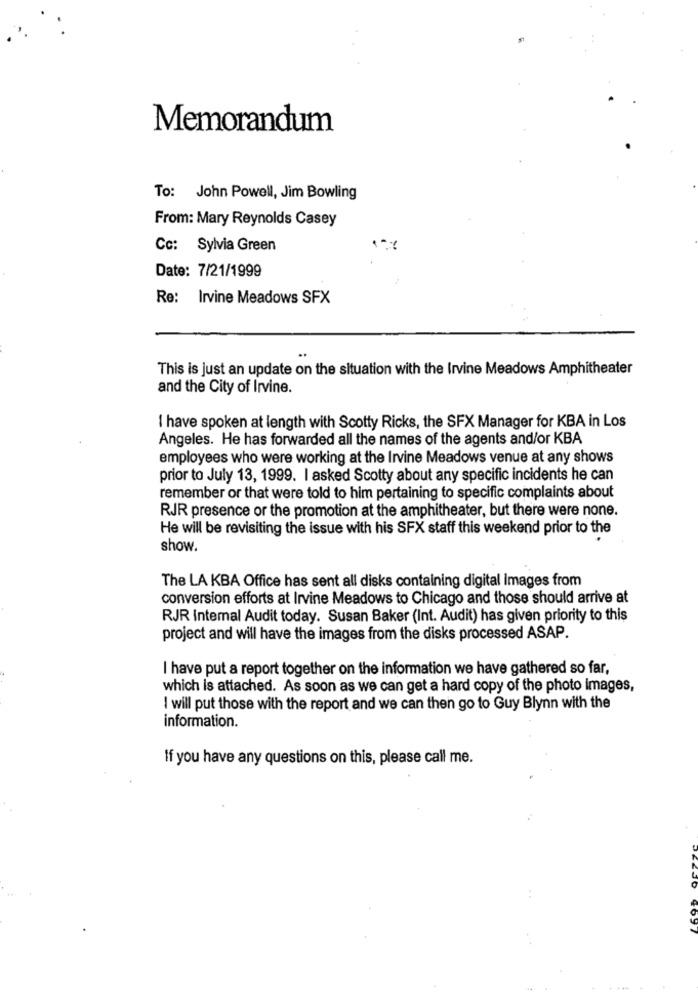
Memorandum
To: John Powell, Jim Bowling
From: Mary Reynolds Casey
Cc: Sylvia Green
Date: 7/21/1999
Re: Irvine Meadows SFX
This is just an update on the situation with the Irvine Meadows Amphitheater
and the City of Irvine.
I have spoken at length with Scotty Ricks, the SFX Manager for KBA in Los
Angeles. He has forwarded all the names of the agents and/or KBA
employees who were working at the Irvine Meadows venue at any shows
prior to July 13, 1999. I asked Scotty about any specific incidents he can
remember or that were told to him pertaining to specific complaints about
RJR presence or the promotion at the amphitheater, but there were none.
He will be revisiting the issue with his SFX staff this weekend prior to the
show.
The LA KBA Office has sent all disks containing digital Images from
conversion efforts at Irvine Meadows to Chicago and those should arrive at
RJR Internal Audit today. Susan Baker (Int. Audit) has given priority to this
project and will have the images from the disks processed ASAP.
I have put a report together on the information we have gathered so far,
which is attached. As soon as we can get a hard copy of the photo images,
I will put those with the report and we can then go to Guy Blynn with the
information.
If you have any questions on this, please call me.